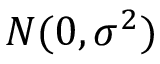
N ( 0 , \sigma ^ { 2 } )